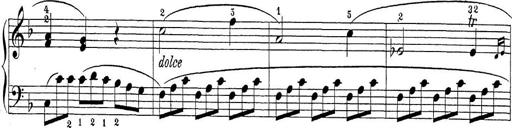
Title: Sonatina Album
Composer: Louis KÃ¶hler